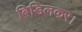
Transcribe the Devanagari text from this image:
बिडिलकर।